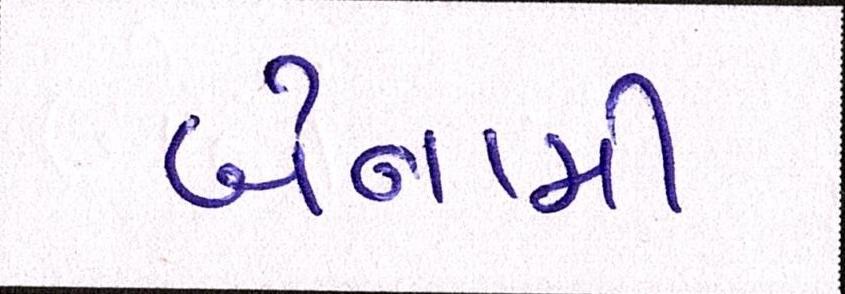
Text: બેનામી